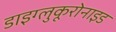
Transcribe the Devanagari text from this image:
डाइग्लुकूरोनाइड